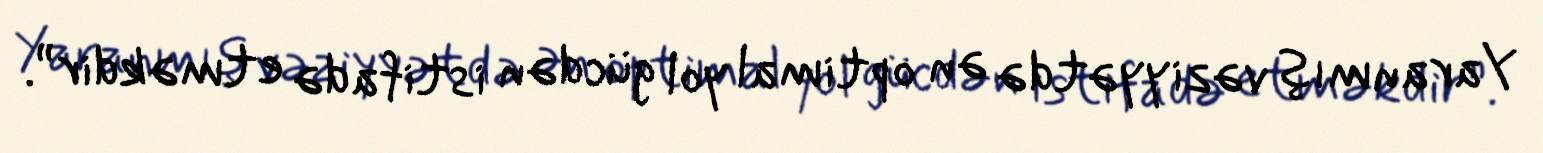
Yaranmış vəziyyətdə ən optimal yol gücdən istifadə etməkdir”.